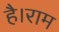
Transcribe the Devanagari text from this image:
है।राम